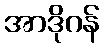
အာဒိုဂန်